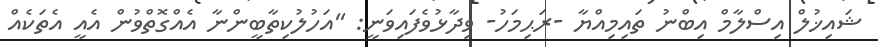
ޝައިޚުލް އިސްލާމް އިބްނު ތައިމިއްޔާ -ރަޙިމަހު- ވިދާޅުވެފައިވަނީ: ''އަހުލުކިތާބީންނާ އެއްގޮތްވުން އެއީ އެތަކެއް